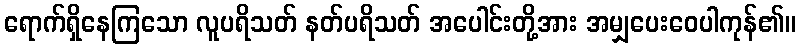
ရောက်ရှိနေကြသော လူပရိသတ် နတ်ပရိသတ် အပေါင်းတို့အား အမျှပေးဝေပါကုန်၏။